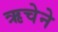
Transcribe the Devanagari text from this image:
ऋचेने